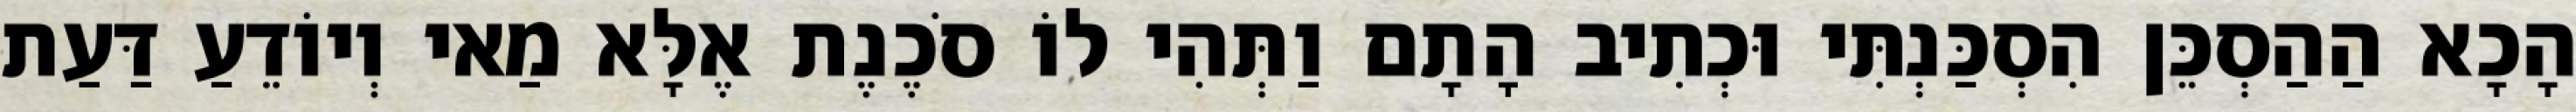
הָכָא הַהַסְכֵּן הִסְכַּנְתִּי וּכְתִיב הָתָם וַתְּהִי לוֹ סֹכֶנֶת אֶלָּא מַאי וְיוֹדֵעַ דַּעַת